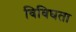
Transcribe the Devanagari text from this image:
विविघता